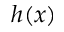
h ( x )